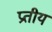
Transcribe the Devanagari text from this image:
प्रतीय